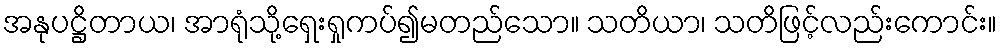
အနုပဋ္ဌိတာယ၊ အာရုံသို့ရှေးရှုကပ်၍မတည်သော။ သတိယာ၊ သတိဖြင့်လည်းကောင်း။